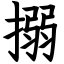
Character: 搦